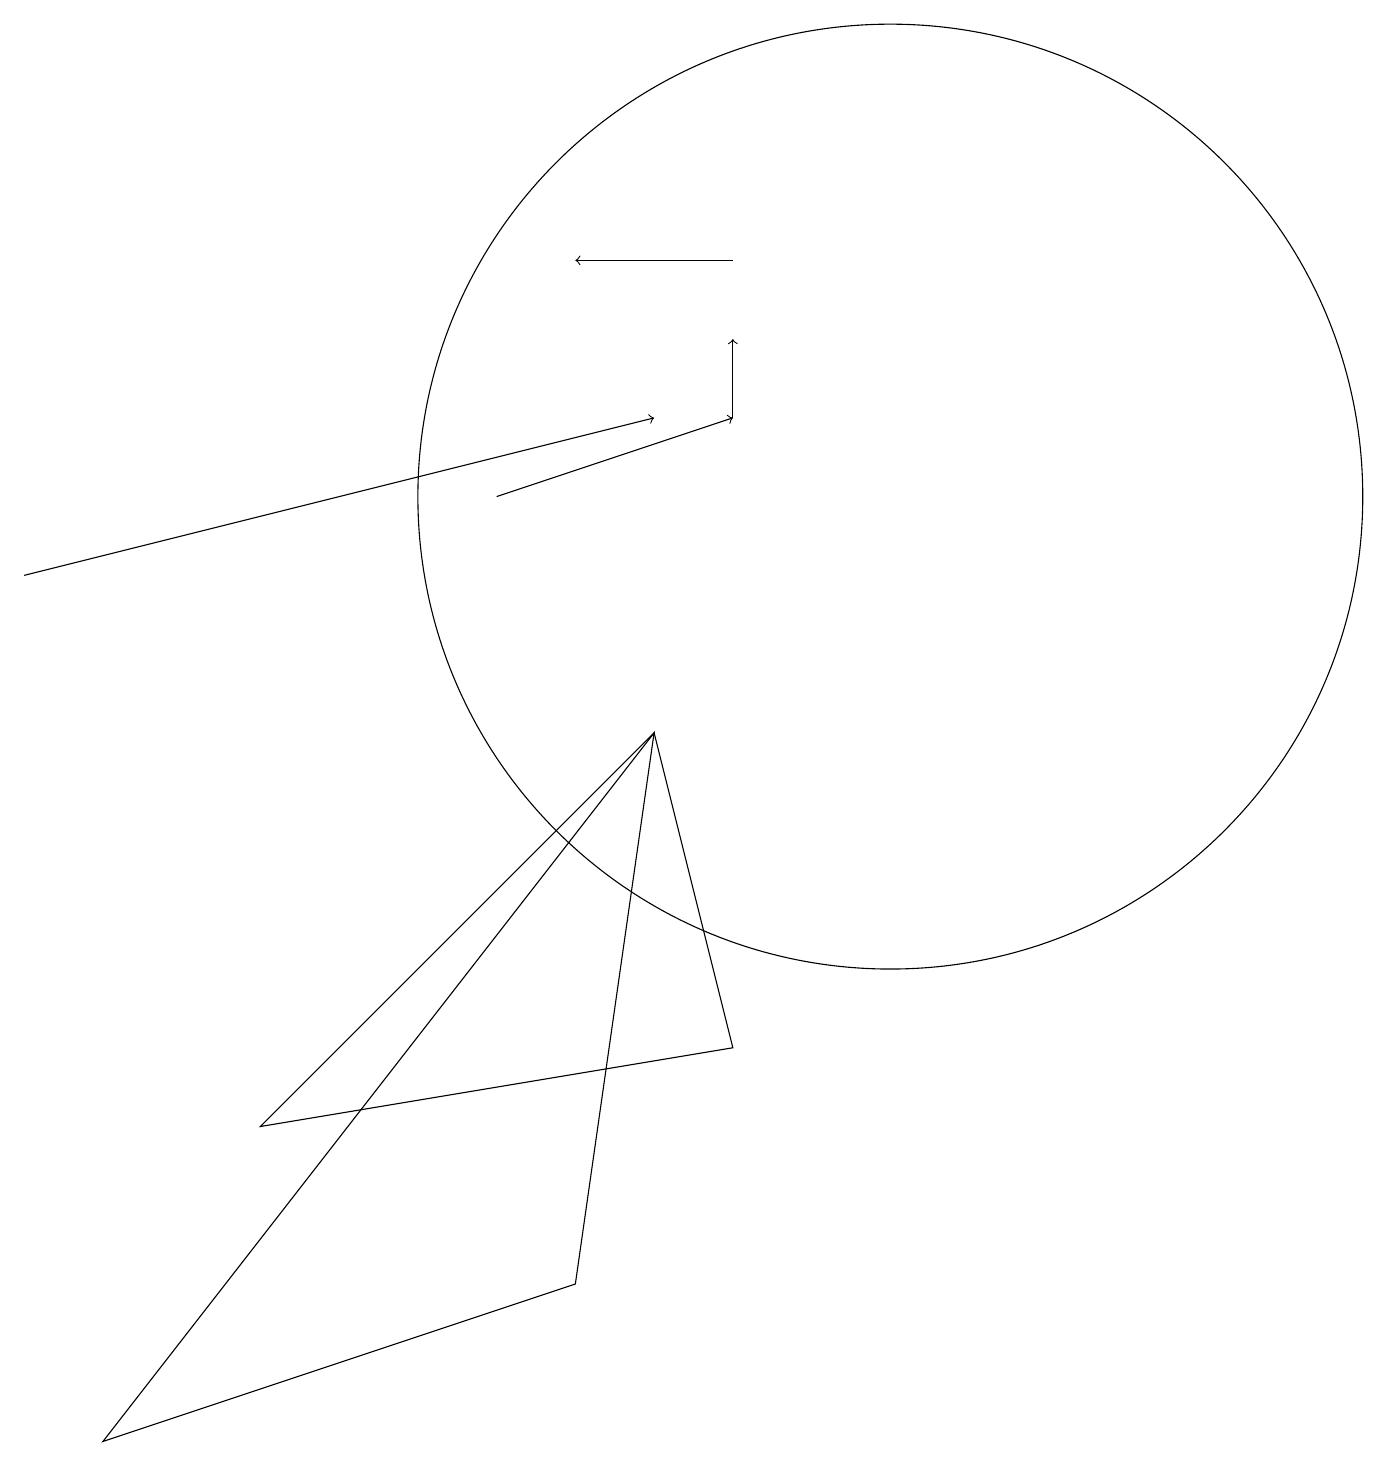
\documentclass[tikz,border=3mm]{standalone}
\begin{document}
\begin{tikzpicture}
\draw (7,2) -- (1,0) -- (8,9) -- cycle;
\draw[->] (6,12) -- (9,13);
\draw (3,4) -- (9,5) -- (8,9) -- cycle;
\draw (10,11) circle (0);
\draw[->] (0,11) -- (8,13);
\draw[->] (9,13) -- (9,14);
\draw[->] (9,15) -- (7,15);
\draw (11,12) circle (6);
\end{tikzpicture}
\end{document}